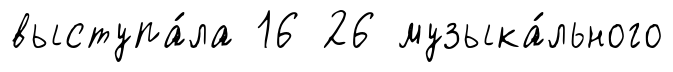
выступа́ла 16 26 музыка́льного